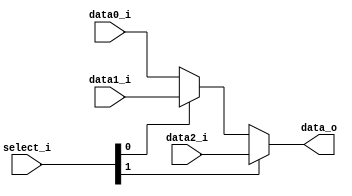
//Subject:     CO project 2 - MUX 221
//--------------------------------------------------------------------------------
//Version:     1
//--------------------------------------------------------------------------------
//Writer:      Luke
//----------------------------------------------
//Date:        
//----------------------------------------------
//Description: 
//--------------------------------------------------------------------------------
     
module MUX_3to1(
               data0_i,
               data1_i,
               data2_i,
               select_i,
               data_o
               );

parameter size = 0;			   
			
//I/O ports               
input   [size-1:0] data0_i;          
input   [size-1:0] data1_i;
input   [size-1:0] data2_i;
input   [1:0]      select_i;
output  [size-1:0] data_o; 

//Internal Signals
//reg     [size-1:0] data_o;

//Main function
assign data_o = select_i[1]?data2_i:(select_i[0]?data1_i:data0_i);
endmodule